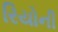
રિયોની